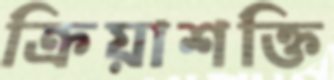
ক্রিয়াশক্তি